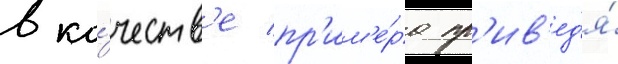
в ка́честв'е пр'им'е́ра пр'ив'ед'я́